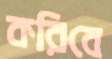
করিবে